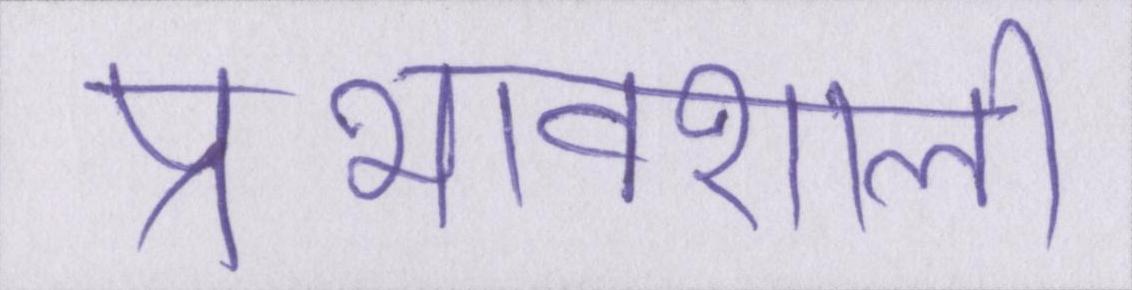
प्रभावशाली